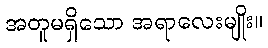
အတူမရှိသော အရာလေးမျိုး။